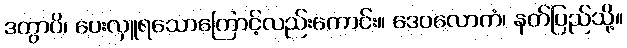
ဒတွာပိ၊ ပေးလှူရသောကြောင့်လည်းကောင်း။ ဒေဝလောကံ၊ နတ်ပြည်သို့။